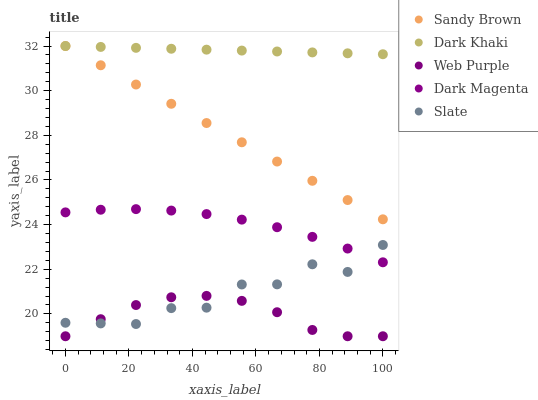
| xaxis_label | Sandy Brown | Dark Khaki | Web Purple | Dark Magenta | Slate |
 | --- | --- | --- | --- | --- | --- |
 | 0 | 32 | 32 | 19 | 24.5 | 19.6 |
 | 11.1 | 31.1 | 32 | 19.8 | 24.7 | 19.6 |
 | 22.2 | 30.3 | 31.9 | 20.4 | 24.7 | 19.5 |
 | 33.3 | 29.4 | 31.9 | 20.7 | 24.6 | 20.3 |
 | 44.4 | 28.6 | 31.8 | 20.8 | 24.5 | 20.3 |
 | 55.6 | 27.7 | 31.8 | 20.6 | 24.2 | 21.3 |
 | 66.7 | 26.8 | 31.8 | 20.1 | 23.9 | 21.3 |
 | 77.8 | 26 | 31.7 | 19.3 | 23.5 | 22.2 |
 | 88.9 | 25.1 | 31.7 | 19 | 22.9 | 21.9 |
 | 100 | 24.2 | 31.6 | 19 | 22.3 | 23.1 |